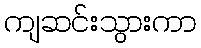
ကျဆင်းသွားကာ